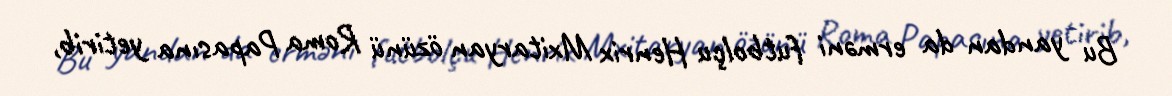
Bu yandan da erməni futbolçu Henrix Mxitaryan özünü Roma Papasına yetirib,